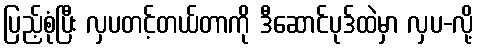
ပြည့်စုံပြီး လှပတင့်တယ်တာကို ဒီဆောင်ပုဒ်ထဲမှာ လှပ-လို့